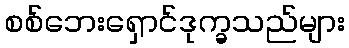
စစ်ဘေးရှောင်ဒုက္ခသည်များ